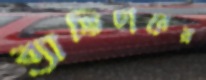
ব্যাভিচারের